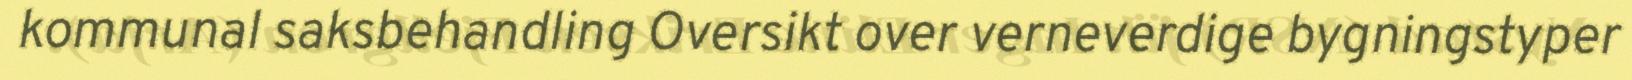
kommunal saksbehandling Oversikt over verneverdige bygningstyper